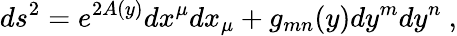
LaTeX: ds^{2}=e^{2A(y)}dx^{\mu}dx_{\mu}+g_{mn}(y)dy^{m}dy^{n}\ ,